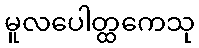
မူလပေါတ္ထကေသု